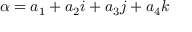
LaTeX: \alpha = a _ { 1 } + a _ { 2 } i + a _ { 3 } j + a _ { 4 } k